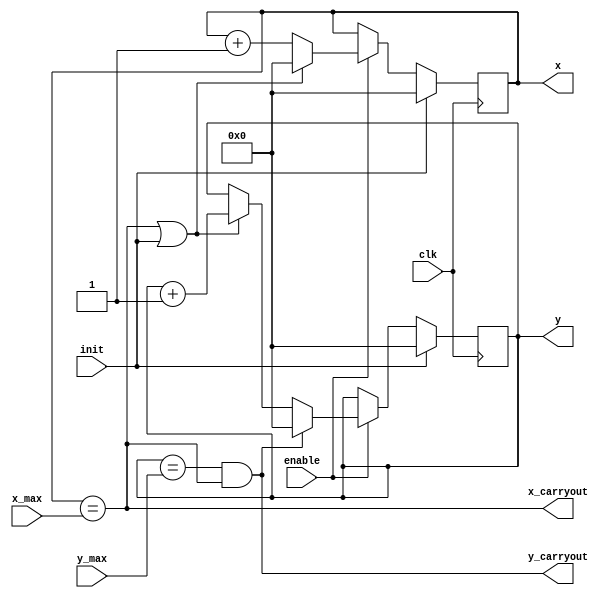
module coordinate_generator #(parameter WIDTH = 4, parameter DEPTH = 4)
(
    input clk,
    input init,
    input enable,
    input [WIDTH-1:0] x_max,
    input [DEPTH-1:0] y_max,
    output reg [WIDTH-1:0] x,
    output reg [DEPTH-1:0] y,
    output y_carryout,
    output x_carryout
);
    wire x_increment;
    assign x_carryout = x == x_max;
    assign y_carryout = y == y_max && x_carryout;
    assign x_increment = x_carryout || init;

    always @(posedge clk) begin
        if (init) begin
            x <= 0;
            y <= 0;
        end else if (enable) begin
            if (x_increment)
                x <= 0;
            else
                x <= x + 1;
            if (y_carryout)
                y <= 0;
            else if (x_increment)
                y <= y + 1;
        end
    end
endmodule